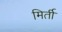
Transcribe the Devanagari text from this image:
मिर्ती